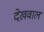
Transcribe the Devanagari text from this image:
देखवाल